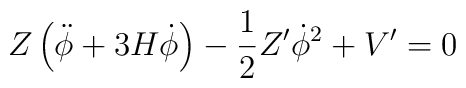
Z \left( \ddot{\phi} + 3 H \dot{\phi}  \right) - \frac{1}{2} Z^{\prime} \dot{\phi}^2 + V^{\prime} = 0